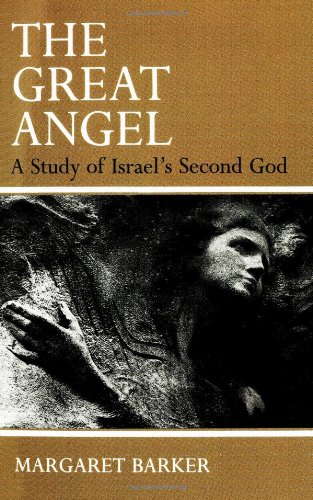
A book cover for The Great Angel: A Study of Israel's Second God; Margaret Barker; Christian Books & Bibles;